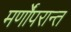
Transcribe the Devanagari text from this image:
मर्णोंपरान्त